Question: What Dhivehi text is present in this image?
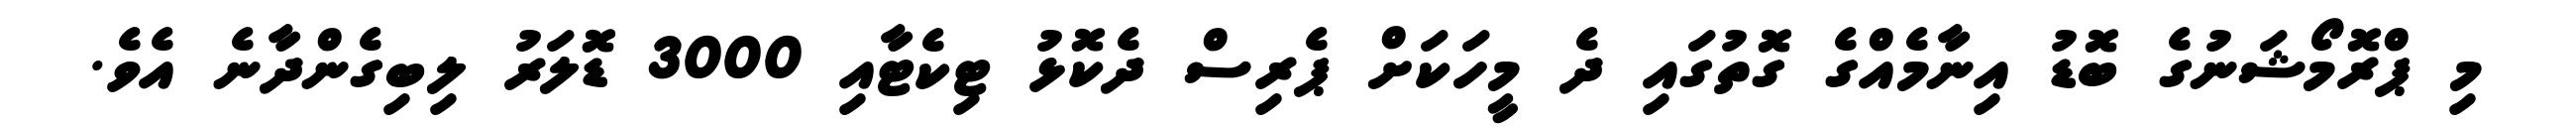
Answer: މި ޕްރޮމޯޝަނުގެ ބޮޑު އިނާމެއްގެ ގޮތުގައި ދެ މީހަކަށް ޕެރިސް ދެކޮޅު ޓިކެޓާއި 3000 ޑޮލަރު ލިބިގެންދާނެ އެވެ.